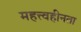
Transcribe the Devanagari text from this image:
महत्त्वहीनता